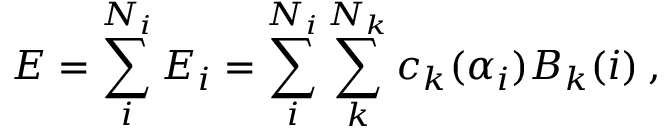
E = \sum _ { i } ^ { N _ { i } } E _ { i } = \sum _ { i } ^ { N _ { i } } \sum _ { k } ^ { N _ { k } } c _ { k } ( \alpha _ { i } ) B _ { k } ( i ) \: ,